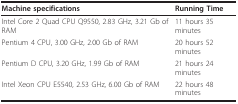
| Machine specifications | Running Time |
 | --- | --- |
 | Intel Core 2 Quad CPU Q9550, 2.83 GHz, 3.21 Gb of RAM | 11 hours 35 minutes |
 | Pentium 4 CPU, 3.00 GHz, 2.00 Gb of RAM | 20 hours 52 minutes |
 | Pentium D CPU, 3.20 GHz, 1.99 Gb of RAM | 21 hours 24 minutes |
 | Intel Xeon CPU E5540, 2.53 GHz, 6.00 Gb of RAM | 22 hours 48 minutes |